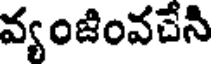
వ్యంజింవచేని